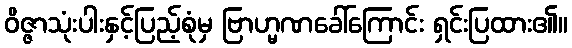
ဝိဇ္ဇာသုံးပါးနှင့်ပြည့်စုံမှ ဗြာဟ္မဏခေါ်ကြောင်း ရှင်းပြထား၏။